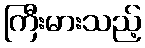
ကြီးမားသည့်